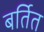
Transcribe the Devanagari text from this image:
बर्तित